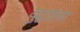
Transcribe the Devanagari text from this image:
बुद्धांला